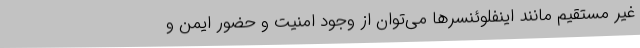
غیر مستقیم مانند اینفلوئنسرها می‌توان از وجود امنیت و حضور ایمن و